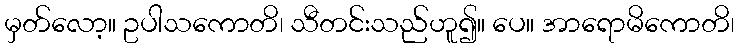
မှတ်လော့။ ဥပါသကောတိ၊ သီတင်းသည်ဟူ၍။ ပေ။ အာရောမိကောတိ၊